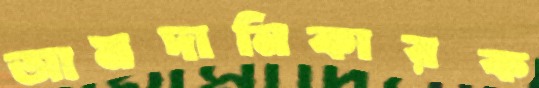
আমদানিকারক